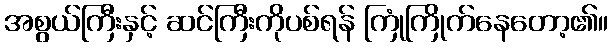
အစွယ်ကြီးနှင့် ဆင်ကြီးကိုပစ်ရန် ကြုံကြိုက်နေတော့၏။